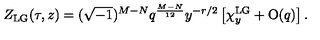
Z _ { \mathrm { L G } } ( \tau , z ) = ( \sqrt { - 1 } ) ^ { M - N } q ^ { \frac { M - N } { 1 2 } } y ^ { - r / 2 } \left[ \chi _ { y } ^ { \mathrm { L G } } + \mathrm { O } ( q ) \right] .